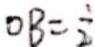
O B = \frac { 1 } { 2 }